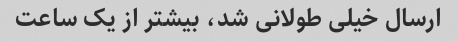
ارسال خیلی طولانی شد، بیشتر از یک ساعت